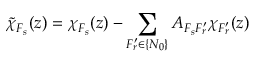
\tilde { \chi } _ { F _ { s } } ( z ) = \chi _ { F _ { s } } ( z ) - \sum _ { F _ { r } ^ { \prime } \in \{ N _ { 0 } \} } A _ { F _ { s } F _ { r } ^ { \prime } } \chi _ { F _ { r } ^ { \prime } } ( z )